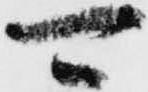
可